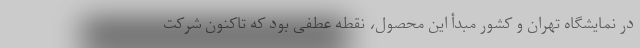
در نمایشگاه تهران و کشور مبدأ این محصول، نقطه عطفی بود که تاکنون شرکت